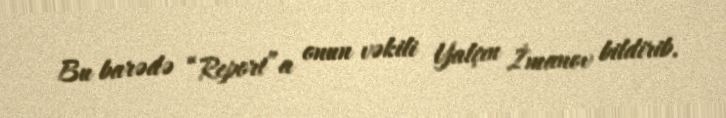
Bu barədə “Report”a onun vəkili Yalçın İmanov bildirib.